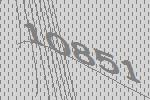
10851